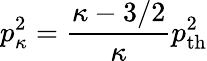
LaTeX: p_{\kappa}^{2}=\frac{\kappa-3/2}{\kappa}p_{\mathrm{th}}^{2}